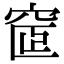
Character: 𥦪